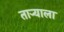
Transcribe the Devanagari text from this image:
ताऱ्‍याला